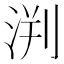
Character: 𣵃